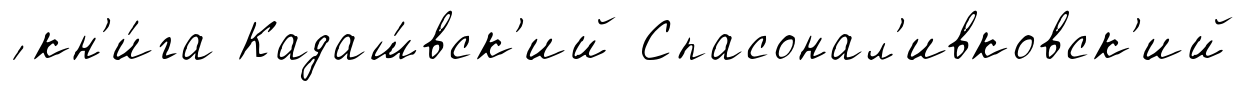
́ кн'и́га Кадаш́вск'ий Спасонал'ивковск'ий